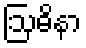
ဩဓိနာ